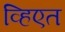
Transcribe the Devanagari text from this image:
व्हिएत